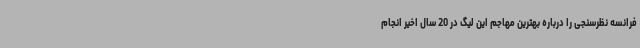
فرانسه نظرسنجی را درباره بهترین مهاجم این لیگ در 20 سال اخیر انجام